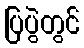
ပြပွဲတွင်